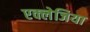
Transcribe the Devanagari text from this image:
एक्लेजिया